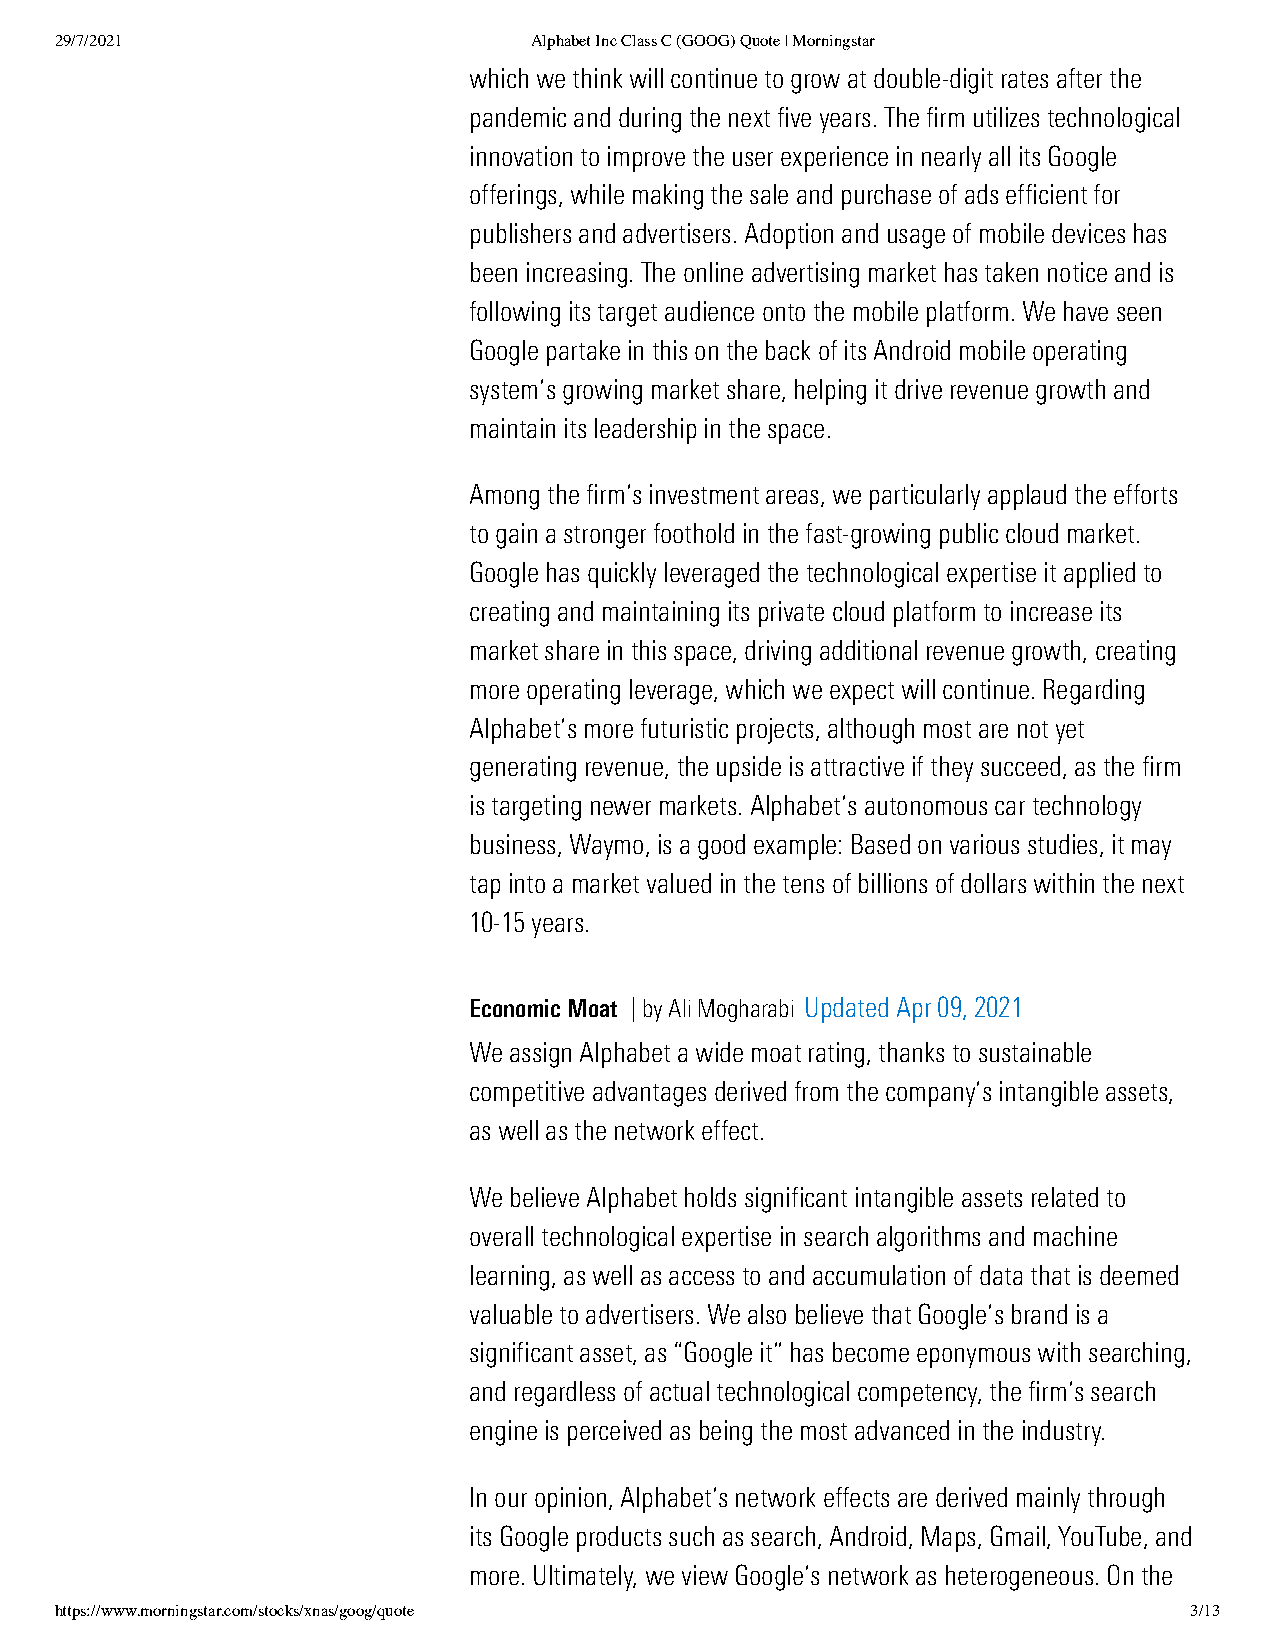
29/7/2021                      Alphabet Inc Class C (GOOG) Quote | Morningstar
 which we think will continue to grow at double-digit rates after the
 pandemic and during the next five years. The firm utilizes technological
 innovation to improve the user experience in nearly all its Google
 offerings, while making the sale and purchase of ads efficient for
 publishers and advertisers. Adoption and usage of mobile devices has
 been increasing. The online advertising market has taken notice and is
 following its target audience onto the mobile platform. We have seen
 Google partake in this on the back of its Android mobile operating
 system’s growing market share, helping it drive revenue growth and
 maintain its leadership in the space.
 Among the firm’s investment areas, we particularly applaud the efforts
 to gain a stronger foothold in the fast-growing public cloud market.
 Google has quickly leveraged the technological expertise it applied to
 creating and maintaining its private cloud platform to increase its
 market share in this space, driving additional revenue growth, creating
 more operating leverage, which we expect will continue. Regarding
 Alphabet’s more futuristic projects, although most are not yet
 generating revenue, the upside is attractive if they succeed, as the firm
 is targeting newer markets. Alphabet’s autonomous car technology
 business, Waymo, is a good example: Based on various studies, it may
 tap into a market valued in the tens of billions of dollars within the next
 10-15 years.
 Economic Moat | by Ali Mogharabi Updated Apr 09, 2021
 We assign Alphabet a wide moat rating, thanks to sustainable
 competitive advantages derived from the company’s intangible assets,
 as well as the network effect.
 We believe Alphabet holds significant intangible assets related to
 overall technological expertise in search algorithms and machine
 learning, as well as access to and accumulation of data that is deemed
 valuable to advertisers. We also believe that Google’s brand is a
 significant asset, as “Google it” has become eponymous with searching,
 and regardless of actual technological competency, the firm’s search
 engine is perceived as being the most advanced in the industry.
 In our opinion, Alphabet’s network effects are derived mainly through
 its Google products such as search, Android, Maps, Gmail, YouTube, and
 more. Ultimately, we view Google’s network as heterogeneous. On the
 https://www.morningstar.com/stocks/xnas/goog/quote                         3/13